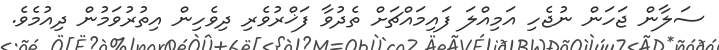
ސަލާން ޖަހަން ނުޖެހި އަމިއްލަ ފައިމައްޗަށް ތެދުވާ ފަޚްރުވެރި ދިވެހިން އިތުރުވަމުން ދިއުމެވެ.